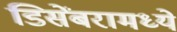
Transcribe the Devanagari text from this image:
डिसेंबरामध्ये